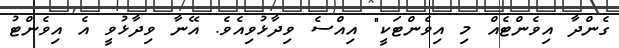
ގެންދާ އިވެންޓެއް މި އިވެންޓަކީ" އިއްސެ ވިދާޅުވިއެވެ. އޭނާ ވިދާޅުވީ އެ އިވެންޓު